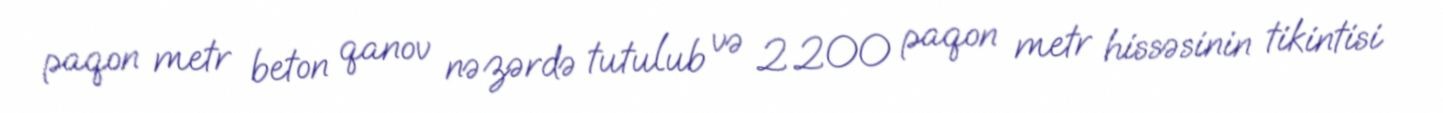
paqon metr beton qanov nəzərdə tutulub və 2 200 paqon metr hissəsinin tikintisi